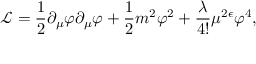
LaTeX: { \mathcal L } = \frac { 1 } { 2 } \partial _ { \mu } \varphi \partial _ { \mu } \varphi + \frac { 1 } { 2 } m ^ { 2 } \varphi ^ { 2 } + \frac { \lambda } { 4 ! } \mu ^ { 2 \epsilon } \varphi ^ { 4 } ,